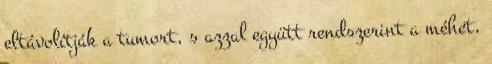
eltávolítják a tumort, s azzal együtt rendszerint a méhet,